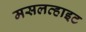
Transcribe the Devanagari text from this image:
मसलव्हाइट